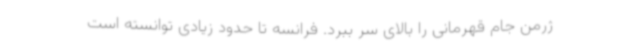
ژرمن جام قهرمانی را بالای سر ببرد. فرانسه تا حدود زیادی توانسته است